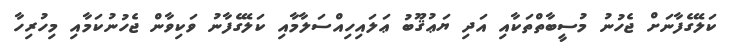
ކަލޭގެފާނަށް ޖެހުނު މުސީބާތްތަކާއި އަދި ޔަޢުޤޫބު ޢަލައިހިއްސަލާމާއި ކަލޭގެފާނު ވަކިވާން ޖެހުނުކަމާއި މިހުރިހާ